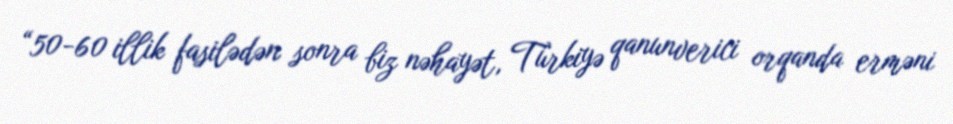
“50-60 illik fasilədən sonra biz nəhayət, Türkiyə qanunverici orqanda erməni